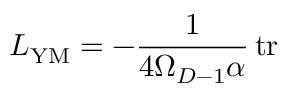
{ \cal L } _ { \mathrm { Y M } } = - \frac { 1 } { 4 \Omega _ { D - 1 } \alpha } \, \mathrm { t r }